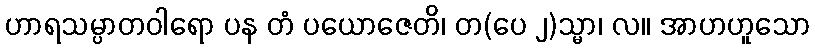
ဟာရသမ္ပာတဝါရော ပန တံ ပယောဇေတိ၊ တ(ပေ ၂)သ္မာ၊ လ။ အာဟဟူသော